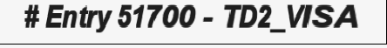
# Entry 51700 - TD2_VISA